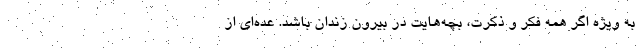
به ویژه اگر همه فکر و ذکرت، بچه‌هایت در بیرون زندان باشد. عده‌ای از